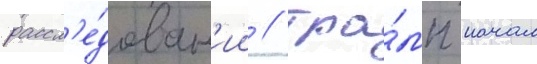
рассл'е́дован'ии / тра́мп начал